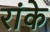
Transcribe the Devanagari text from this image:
रांके